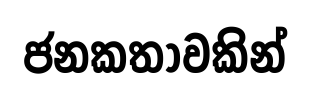
ජනකතාවකින්